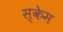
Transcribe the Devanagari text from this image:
स्केम